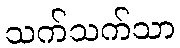
သက်သက်သာ